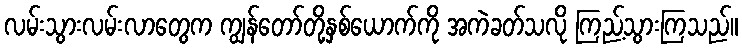
လမ်းသွားလမ်းလာတွေက ကျွန်တော်တို့နှစ်ယောက်ကို အကဲခတ်သလို ကြည့်သွားကြသည်။